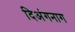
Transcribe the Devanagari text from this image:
दिअंगनाग